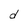
Character: d